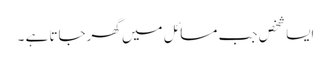
ایسا شخص جب مسائل میں گھرجاتا ہے ۔